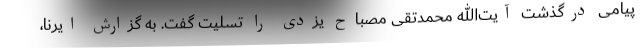
پیامی درگذشت آیت‌الله محمدتقی مصباح یزدی را تسلیت گفت. به گزارش ایرنا،